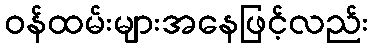
ဝန်ထမ်းများအနေဖြင့်လည်း